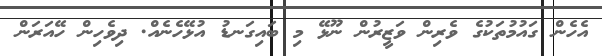
އެހެން ގައުމުތަކުގެ ވެރިން ވަޒީރުން ނޫޅޭ މި ބައިގަނޑު އުޅޭހެނެއް. ދިވެހިން ހޭއަރަން